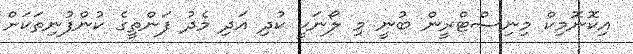
އިކޮނޮމިކް މިނިސްޓްރީން ބުނީ މި ލޯނަކީ ކުދި އަދި މެދު ފަންތީގެ ކުންފުނިތަކަށް